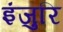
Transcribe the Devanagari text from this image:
इंजुरि